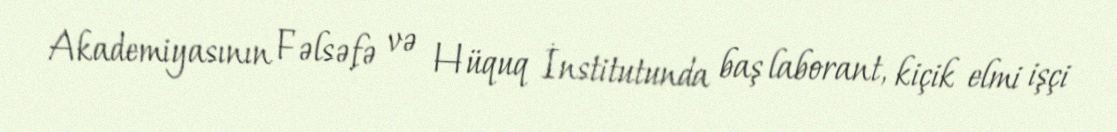
Akademiyasının Fəlsəfə və Hüquq İnstitutunda baş laborant, kiçik elmi işçi